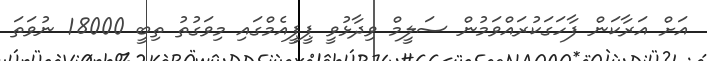
އަށް އަރާކަން ފާހަގަކުރައްވަމުން ސަލީމް ވިދާޅުވީ ޕީޕީއެމްގައި މިވަގުތު ތިބީ 18000 ނުވަތަ